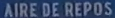
AIREDEREPOS